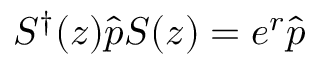
S ^ { \dagger } ( z ) \hat { p } S ( z ) = e ^ { r } \hat { p }